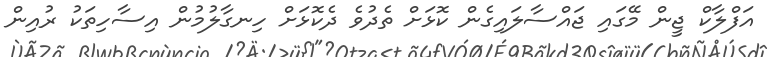
އަފްލާކް ޖީން މޭގައި ޖައްސާލައިގެން ކޮޅަށް ތެދުވެ ދެކޮޅަށް ހިނގާލުމުން އިސާހިތަކު ރުއިން